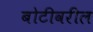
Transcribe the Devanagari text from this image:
बोटीवरील